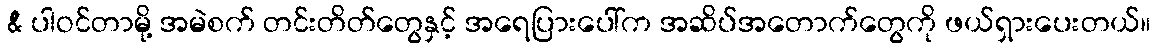
& ပါဝင်တာမို့ အမဲစက် တင်းတိတ်တွေနှင့် အရေပြားပေါ်က အဆိပ်အတောက်တွေကို ဖယ်ရှားပေးတယ်။